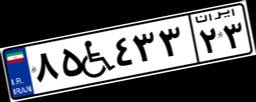
۵۳W۴۹۰۰۸